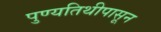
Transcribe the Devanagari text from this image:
पुण्यतिथीपासून